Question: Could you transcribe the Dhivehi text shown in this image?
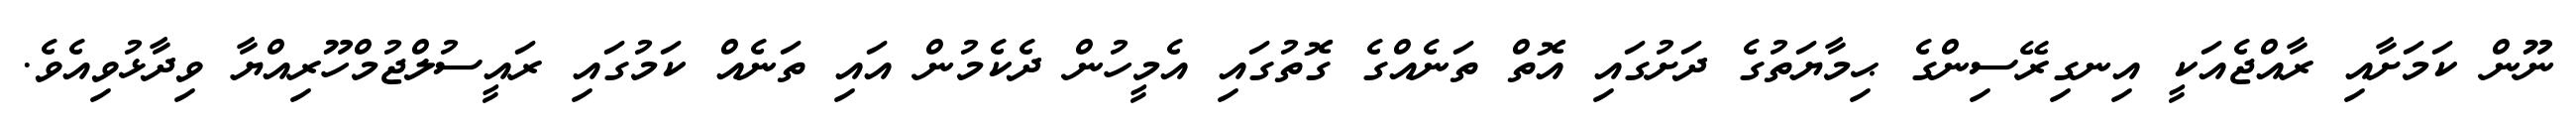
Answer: ނޫން ކަމަށާއި ރާއްޖެއަކީ އިނގިރޭސިންގެ ޙިމާޔަތުގެ ދަށުގައި އޮތް ތަނެއްގެ ގޮތުގައި އެމީހުން ދެކެމުން އައި ތަނެއް ކަމުގައި ރައީސުލްޖުމްހޫރިއްޔާ ވިދާޅުވިއެވެ.